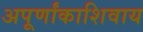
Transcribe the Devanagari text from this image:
अपूर्णांकाशिवाय